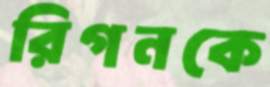
রিগনকে